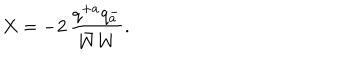
LaTeX: X = - 2 \, \frac { q ^ { + a } q _ { a } ^ { - } } { \bar { W } W } .